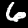
Label: 6